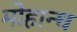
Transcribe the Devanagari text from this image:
मोहान्ध